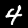
Label: 4